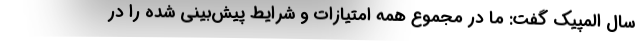
سال المپیک گفت: ما در مجموع همه امتیازات و شرایط پیش‌بینی شده را در